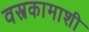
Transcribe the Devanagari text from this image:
वस्त्रकामाशी